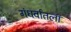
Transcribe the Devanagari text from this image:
गंधर्वांतला